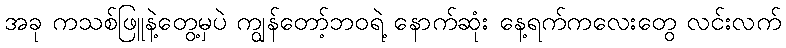
အခု ကသစ်ဖြူနဲ့တွေ့မှပဲ ကျွန်တော့်ဘဝရဲ့ နောက်ဆုံး နေ့ရက်ကလေးတွေ လင်းလက်